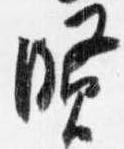
賢